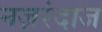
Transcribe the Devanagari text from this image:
नज़रंदाज